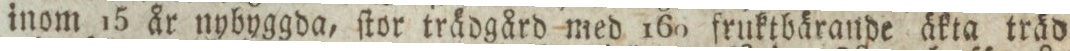
inom 15 år nybyggda, ſtor trädgård med 160 fruktbärande äkta träd